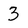
Character: 3